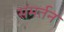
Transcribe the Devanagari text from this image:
समर्तन